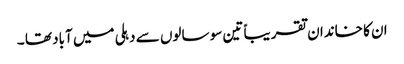
ان کا خاندان تقریباً تین سو سالوں سے دہلی میں آباد تھا ۔